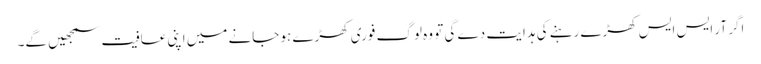
اگر آر ایس ایس کھڑے رہنے کی ہدایت دے گی تو وہ لوگ فوری کھڑے ہو جانے میں اپنی عافیت سمجھیں گے۔